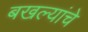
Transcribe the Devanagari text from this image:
बखल्यांचे